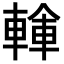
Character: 𨍓